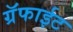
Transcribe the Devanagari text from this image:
ग्रॅफाईट